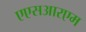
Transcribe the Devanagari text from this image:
एएसआरएम